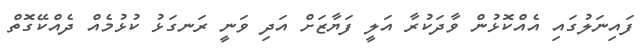
ފައިނަލުގައި އެއްކޮޅުން ވާދަކުރާ އަލީ ފަޔާޒަށް އަދި ވަނީ ރަނގަޅު ކުޅުމެއް ދެއްކޭގޮތް